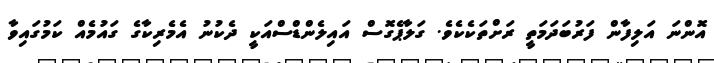
އޮންނަ އަލިފާން ފަރުބަދަމަތީ ރަށްތަކެކެވެ. ގަލާޕެގޮސް އައިލެންޑްސްއަކީ ދެކުނު އެމެރިކާގެ ގައުމެއް ކަމުގައިވާ